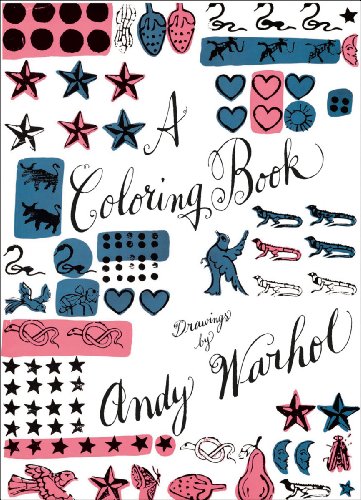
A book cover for A Coloring Book: Drawings by Andy Warhol; Andy Warhol; Arts & Photography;